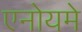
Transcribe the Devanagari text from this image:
एनोयमे